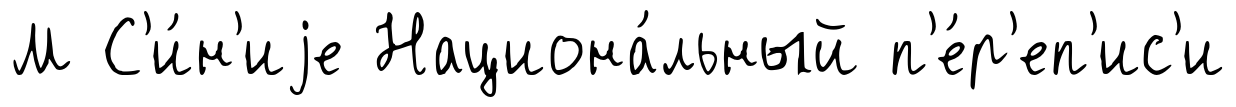
М С'и́н'иjе Национа́льный п'е́р'еп'ис'и